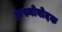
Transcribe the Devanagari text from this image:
क्रस्नोवोदक